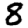
Digit: 8